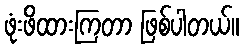
ဖုံးဖိထားကြတာ ဖြစ်ပါတယ်။